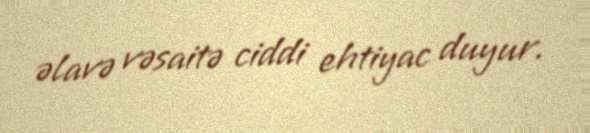
əlavə vəsaitə ciddi ehtiyac duyur.